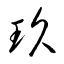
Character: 玖